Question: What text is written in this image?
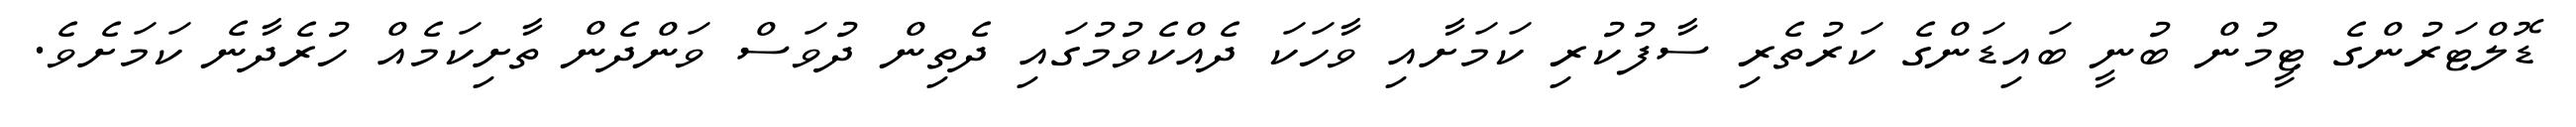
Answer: ޑޮލްޓަރުންގެ ޓީމުން ބުނީ ބައިޑަންގެ ކަރުތެރި ސާފުކުރި ކަމަށާއި ވާހަކަ ދެއްކެވުމުގައި ދެތިން ދުވަސް ވަންދެން ތާށިކަމެއް ހުރެދާނެ ކަމަށެވެ.